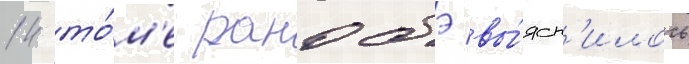
14 то́м'е ранобэ вы́ясн'илось